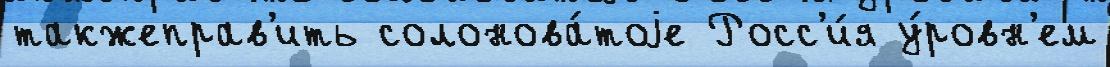
такжеправ'ить солонова́тоjе Росс'и́я у́ровн'ем